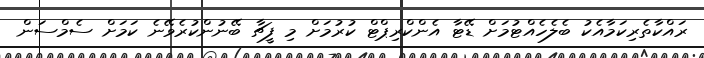
ރައްކާތެރިކަމާއެކު ބެލެހެއްޓުމަށް ޑޭޓާ އެންކްރިޕްޓް ކުރުމަށް މި ފީޗާ ބޭނުންކުރެވޭނެ ކަމަށް ސެމްސަން